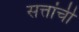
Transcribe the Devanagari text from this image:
सत्तांची